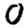
Digit: 0